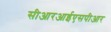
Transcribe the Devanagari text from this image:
सीआरआईएसपीआर